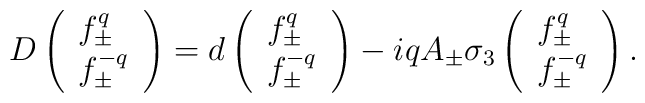
D 	\left( 		\begin{array}{l} 		f^q_\pm \\ f^{-q}_\pm 		\end{array}	\right)	= d 	\left( 		\begin{array}{l} 		f^q_\pm \\ f^{-q}_\pm 		\end{array}	\right)	- i q A_\pm \sigma_3	\left( 		\begin{array}{l} 		f^q_\pm \\ f^{-q}_\pm 		\end{array}	\right).